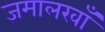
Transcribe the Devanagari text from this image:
जमालखाँ